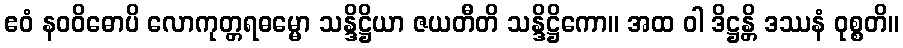
ဧဝံ နဝဝိဓောပိ လောကုတ္တရဓမ္မော သန္ဒိဋ္ဌိယာ ဇယတီတိ သန္ဒိဋ္ဌိကော။ အထ ဝါ ဒိဋ္ဌန္တိ ဒဿနံ ဝုစ္စတိ။